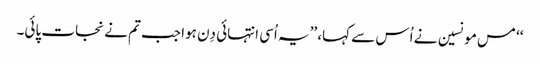
‘‘ مس مونسین نے اُس سے کہا، ’’یہ اُسی انتہائی دِن ہوا جب تم نے نجات پائی۔